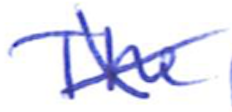
Text: The
Cross-out: cross
Writing tool: ballpoint